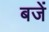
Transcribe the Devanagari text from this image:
बजें